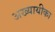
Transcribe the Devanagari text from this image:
अख्यायीका